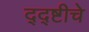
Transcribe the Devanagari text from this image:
द्द्ष्टीचे